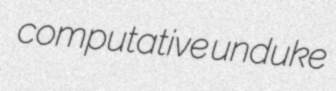
computative unduke